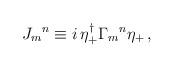
LaTeX: \begin{align*}{J_{m}}^n \equiv i \, \eta^\dagger_{+} {\Gamma_m}^n\eta_+\,,\end{align*}